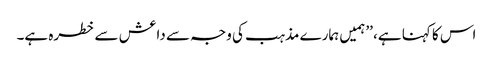
اس کا کہنا ہے، ’’ہمیں ہمارے مذہب کی وجہ سے داعش سے خطرہ ہے۔